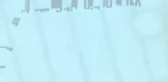
خدمة توصيل الطعام إلى منز